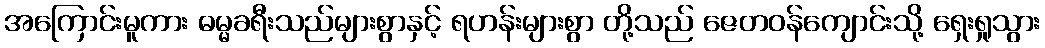
အကြောင်းမူကား ဓမ္မခရီးသည်များစွာနှင့် ရဟန်းများစွာ တို့သည် ဇေတဝန်ကျောင်းသို့ ရှေးရှုသွား